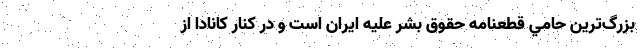
بزرگ‌ترين حامي قطعنامه حقوق بشر عليه ايران است و در كنار كانادا از